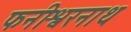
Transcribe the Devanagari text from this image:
फनीश्वरनाथ